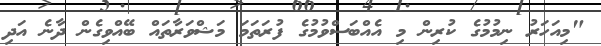
"މިއަހަރު ނިމުމުގެ ކުރިން މި އެއްބަސްވުމުގެ ފުރަތަމަ މަޝްވަރާތައް ބޭއްވިގެން ދާނެ އަދި